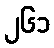
၂၆၁